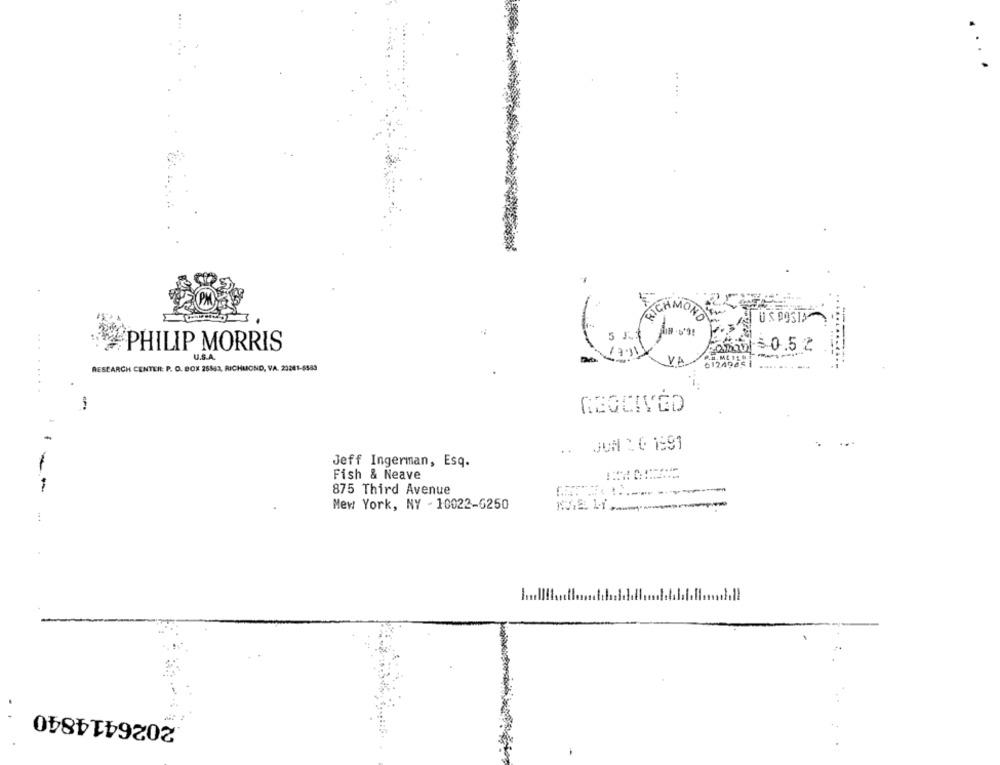
SICHMON
USPOSIA
5 5$
PHILIP MORRIS
173
30.52
---
U.S.A.
VA
RESEARCH CENTERE P. O. BOX 26543, RICHMOND, VA. 23241-6583
.....
REGCIVED
.. JUN 1 C 1991
Jeff Ingerman, Esq.
Fish & Neave
-
875 Third Avenue
Mew York, NY - 10022-6250
.2026414840